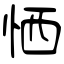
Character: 恓